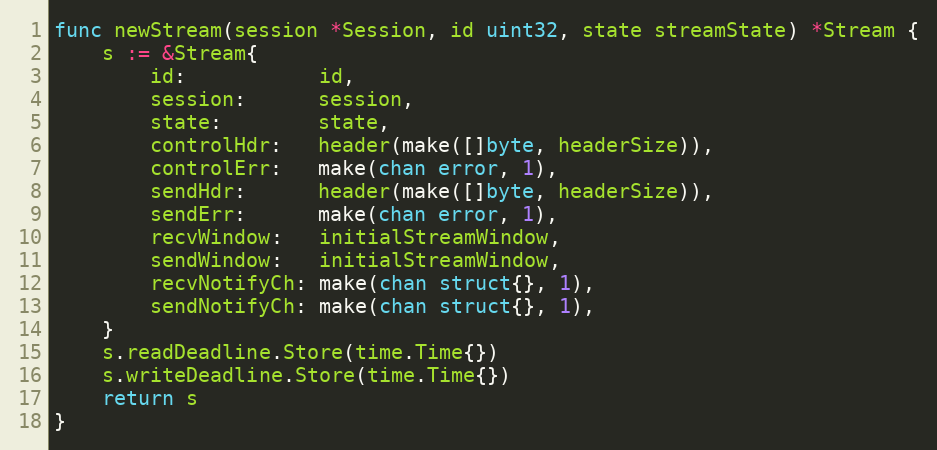
Language: Go
func newStream(session *Session, id uint32, state streamState) *Stream {
	s := &Stream{
		id:           id,
		session:      session,
		state:        state,
		controlHdr:   header(make([]byte, headerSize)),
		controlErr:   make(chan error, 1),
		sendHdr:      header(make([]byte, headerSize)),
		sendErr:      make(chan error, 1),
		recvWindow:   initialStreamWindow,
		sendWindow:   initialStreamWindow,
		recvNotifyCh: make(chan struct{}, 1),
		sendNotifyCh: make(chan struct{}, 1),
	}
	s.readDeadline.Store(time.Time{})
	s.writeDeadline.Store(time.Time{})
	return s
}